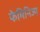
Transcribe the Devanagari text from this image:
फेमिनिज्म